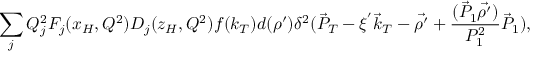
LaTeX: \sum _ { j } Q _ { j } ^ { 2 } F _ { j } ( x _ { H } , Q ^ { 2 } ) D _ { j } ( z _ { H } , Q ^ { 2 } ) f ( k _ { T } ) d ( \rho ^ { \prime } ) \delta ^ { 2 } ( \vec { P } _ { T } - \xi ^ { ' } { \vec { k } } _ { T } - \vec { \rho ^ { \prime } } + { \frac { ( \vec { P } _ { 1 } \vec { \rho ^ { \prime } } ) } { P _ { 1 } ^ { 2 } } } \vec { P } _ { 1 } ) ,